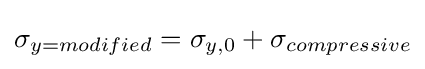
\sigma _{y=modified}=\sigma _{y,0}+\sigma _{compressive}